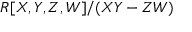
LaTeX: R [ X , Y , Z , W ] / ( X Y - Z W )